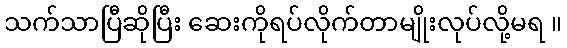
သက်သာပြီဆိုပြီး ဆေးကိုရပ်လိုက်တာမျိုးလုပ်လို့မရ ။